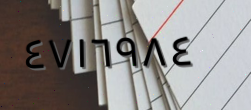
٤٧١٦٩٨٤